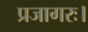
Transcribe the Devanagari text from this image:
प्रजागरः।